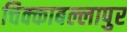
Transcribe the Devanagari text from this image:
चिक्काबल्लापुर